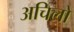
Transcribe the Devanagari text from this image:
अचिलो